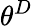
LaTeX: \theta^{D}